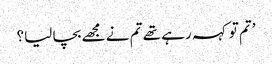
’تم تو کہہ رہے تھے تم نے مجھے بچا لیا؟